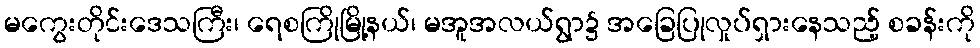
မကွေးတိုင်းဒေသကြီး၊ ရေစကြိုမြို့နယ်၊ မအူအလယ်ရွာ၌ အခြေပြုလှုပ်ရှားနေသည့် စခန်းကို